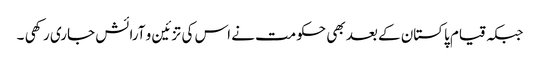
جبکہ قیام پاکستان کے بعد بھی حکومت نے اس کی تزئین و آرائش جاری رکھی ۔